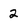
Character: 2